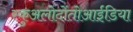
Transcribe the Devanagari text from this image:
स्कुअलोदोंतोआईडिया